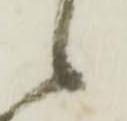
候